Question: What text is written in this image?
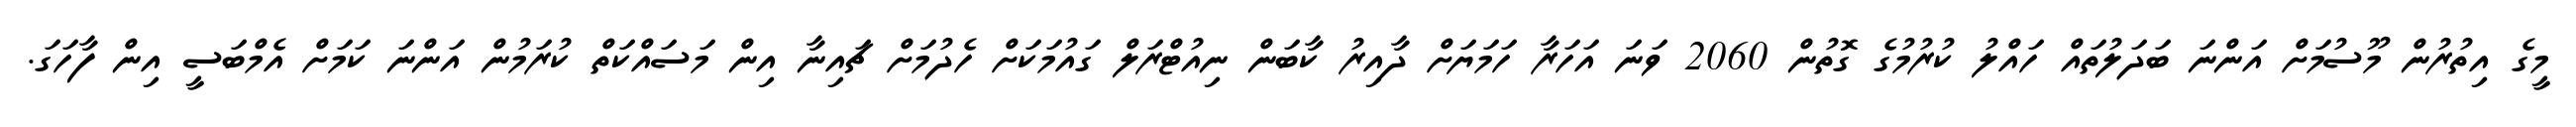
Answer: މީގެ އިތުރުން މޫސުމަށް އަންނަ ބަދަލުތައް ހައްލު ކުރުމުގެ ގޮތުން 2060 ވަނަ އަހަރާ ހަމަޔަށް ދާއިރު ކާބަން ނިއުޓްރަލް ގައުމަކަށް ހެދުމަށް ޗައިނާ އިން މަސައްކަތް ކުރަމުން އަންނަ ކަމަށް އެމްބަސީ އިން ފާހަގަ.